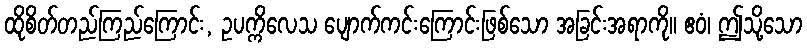
ထိုစိတ်တည်ကြည်ကြောင်း, ဥပက္ကိလေသ ပျောက်ကင်းကြောင်းဖြစ်သော အခြင်းအရာကို။ ဧဝံ၊ ဤသို့သော